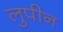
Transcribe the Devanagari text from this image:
लुपीन